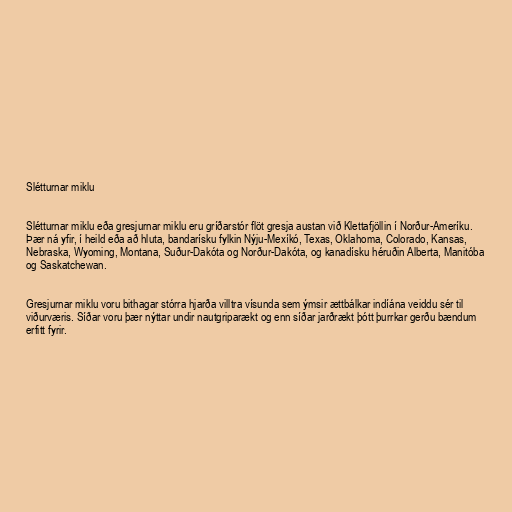
Slétturnar miklu

Slétturnar miklu eða gresjurnar miklu eru gríðarstór flöt gresja austan við Klettafjöllin í Norður-Ameríku.
Þær ná yfir, í heild eða að hluta, bandarísku fylkin Nýju-Mexíkó, Texas, Oklahoma, Colorado, Kansas,
Nebraska, Wyoming, Montana, Suður-Dakóta og Norður-Dakóta, og kanadísku héruðin Alberta, Manitóba
og Saskatchewan.

Gresjurnar miklu voru bithagar stórra hjarða villtra vísunda sem ýmsir ættbálkar indíána veiddu sér til
viðurværis. Síðar voru þær nýttar undir nautgriparækt og enn síðar jarðrækt þótt þurrkar gerðu bændum
erfitt fyrir.